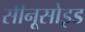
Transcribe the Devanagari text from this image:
सीनूसोइड